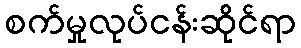
စက်မှုလုပ်ငန်းဆိုင်ရာ